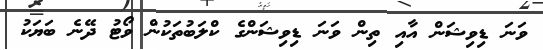
ވަނަ ޑިވިޝަން އާއި ތިން ވަނަ ޑިވިޝަންގެ ކްލަބުތަކުން ވޯޓު ދޭނެ ބަޔަކު